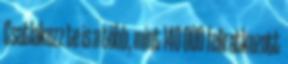
Csatlakozz te is a több, mint 140 000 feliratkozott